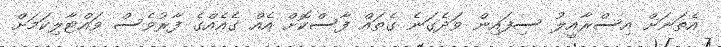
އެތަނަށް އިސްރާއީލު ސިފައިން ވަދެގަނެ ގެތައް ފާސްކޮށް އެއް ގެއެއްގެ ފާރުވެސް ވައްޓާލިކަމަށް